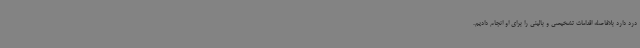
درد دارد بلافاصله اقدامات تشخیصی و بالینی را برای او انجام دادیم.